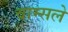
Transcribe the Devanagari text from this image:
वाम्सले